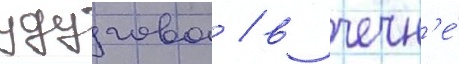
удугова / в чечн'е́